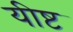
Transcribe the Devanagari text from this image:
यीष्ट